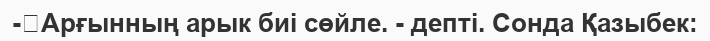
-	Арғынның арык биі сөйле. - депті. Сонда Қазыбек: